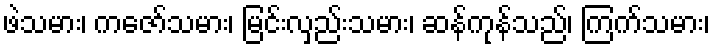
ဖဲသမား၊ ကဇော်သမား၊ မြင်းလှည်းသမား၊ ဆန်ကုန်သည်၊ ကြက်သမား၊